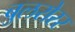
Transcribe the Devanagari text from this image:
बुलरोरर